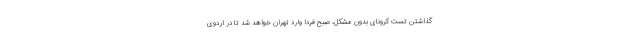
گذاشتن تست کرونای بدون مشکل، صبح فردا وارد تهران خواهد شد تا در اردوی